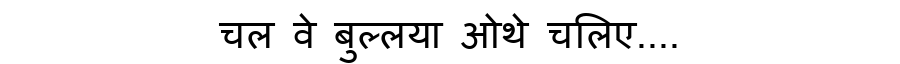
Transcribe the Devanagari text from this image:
चल वे बुल्लया ओथे चलिए....